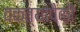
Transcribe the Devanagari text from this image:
वक्त्यांपैकी